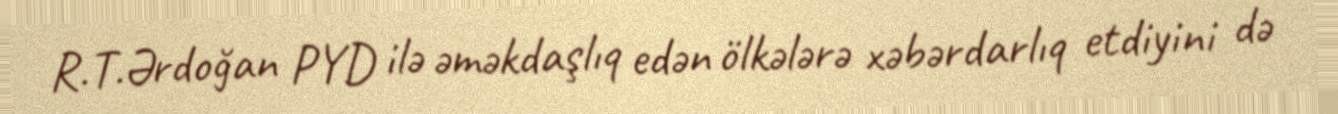
R.T.Ərdoğan PYD ilə əməkdaşlıq edən ölkələrə xəbərdarlıq etdiyini də